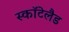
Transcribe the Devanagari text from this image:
स्कॉटेलैड